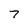
Character: 7